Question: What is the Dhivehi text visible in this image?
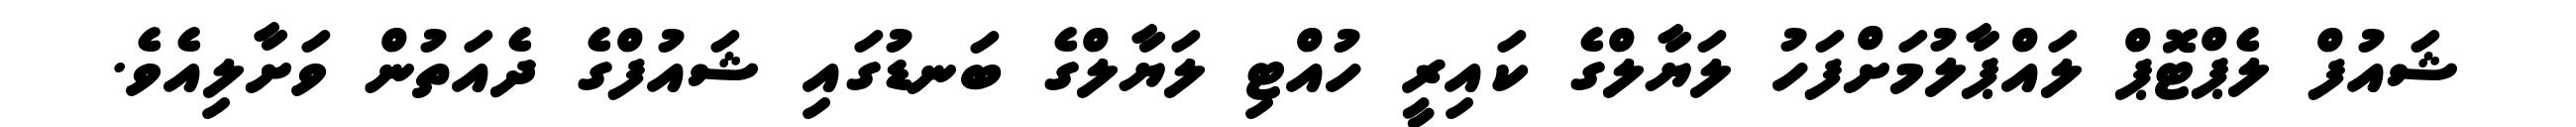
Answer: ޝައުފް ލެޕްޓޮޕް ލައްޕާލުމަށްފަހު ލަޔާލްގެ ކައިރީ ހުއްޓި ލަޔާލްގެ ބަނޑުގައި ޝައުފްގެ ދެއަތުން ވަށާލިއެވެ.